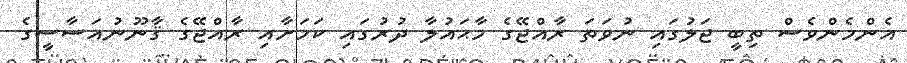
އެންމެންވެސް ތިބީ ޖަލުގައި ނުވަތަ ރާއްޖޭގެ މާޙައުލާ ދުރުގައި ކަމަށާއި ރާއްޖޭގެ ޤާނޫނުއަސާސީގެ